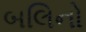
બલિનો